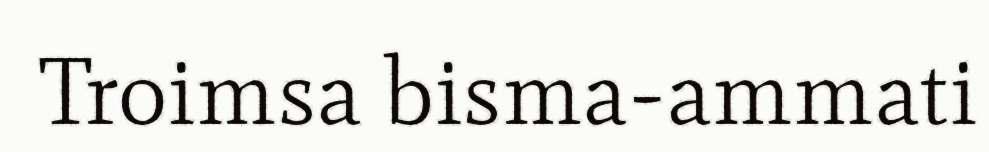
Troimsa bisma-ammati